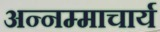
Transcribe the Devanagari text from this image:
अन्नम्माचार्य